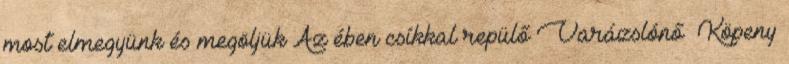
most elmegyünk és megöljük Az ében csíkkal repülő Varázslónő Köpeny